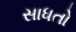
સાધતો